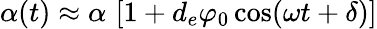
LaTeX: \alpha(t)\approx\alpha\, \left[1+d_{e}\varphi_{0}\cos(\omega t+\delta)\right]